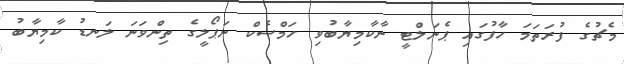
މެޗުގެ ފުރަތަމަ ހާފުގައި ޕެނަލްޓީ ނާކާމިޔާބުވި ހަމްސެކް ނަޕޯލީގެ ތިންވަނަ ލަނޑު ކާމިޔާބު